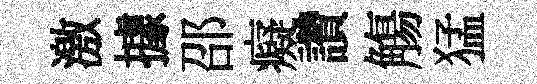
激據邵癡讚觴猛